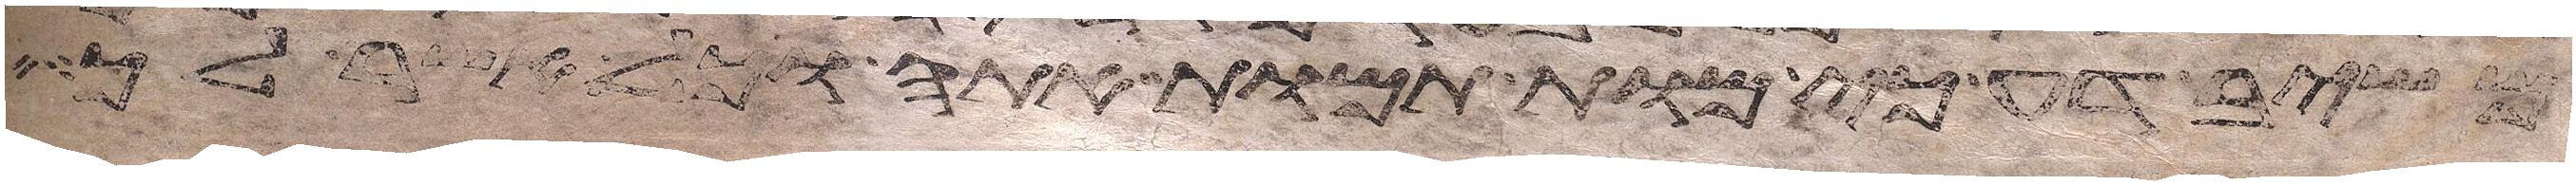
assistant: משיב דע כי מות תמות אתה וכל אשר לך